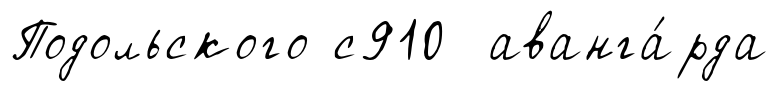
Подольского с910 аванга́рда